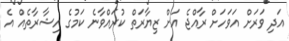
އަދި ވަރަށް އަވަހަށް ރާއްޖެ އަށް ޒިޔާރަތް ކުރައްވާނެ ކަމުގެ އިޝާރާތެއް އެ